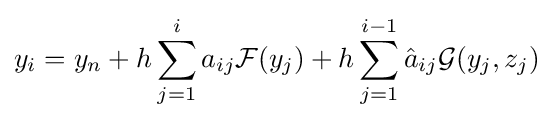
y_{i}=y_{n}+h\sum _{j=1}^{i}a_{ij}{\mathcal {F}}(y_{j})+h\sum _{j=1}^{i-1}{\hat {a}}_{ij}{\mathcal {G}}(y_{j},z_{j})